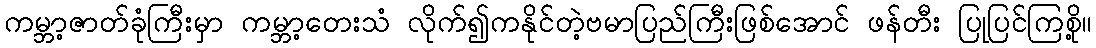
ကမ္ဘာ့ဇာတ်ခုံကြီးမှာ ကမ္ဘာ့တေးသံ လိုက်၍ကနိုင်တဲ့ဗမာပြည်ကြီးဖြစ်အောင် ဖန်တီး ပြုပြင်ကြစို့။